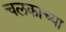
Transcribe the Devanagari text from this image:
चलकाच्या